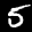
Label: 5